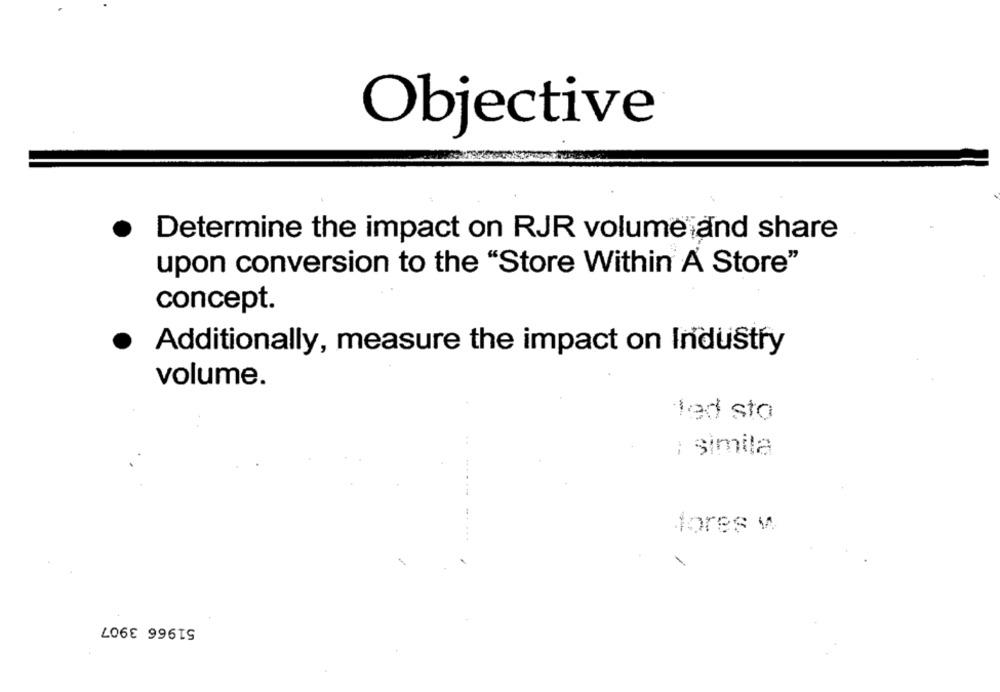
Objective
Determine the impact on RJR volume and share
upon conversion to the "Store Within A Store"
concept.
Additionally, measure the impact on Industry
volume.
led sto
; simila
fores w